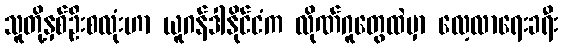
သူတို့နှစ်ဦးစလုံးဟာ ယူဂန်ဒါနိုင်ငံက လိုဏ်ဂူတွေထဲမှာ လေ့လာရေးခရီး